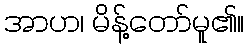
အာဟ၊ မိန့်တော်မူ၏။